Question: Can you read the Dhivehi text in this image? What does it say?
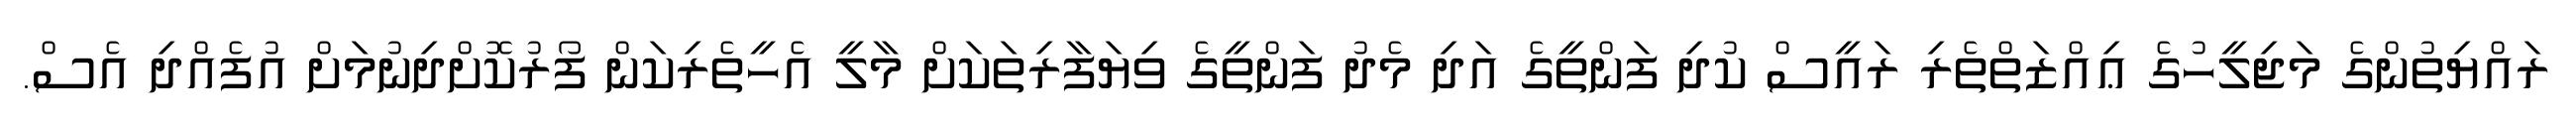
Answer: ރައްޔިތުންގެ މަޖިލީހުގެ ޢިއްޒަތްތެރި ރައީސް ކުދި ފަންތީގެ އަދި މެދު ފަންތީގެ ވިޔަފާރިތަކަށް މާލީ އެހީތެރިކަން ފޯރުކޮށްދިނުމަށް އުފެއްދި އެސް.